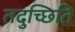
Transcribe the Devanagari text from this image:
तदुच्छिति